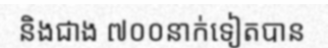
និងជាង ៧០០នាក់ទៀតបាន